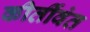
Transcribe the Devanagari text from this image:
कीर्तीवंत